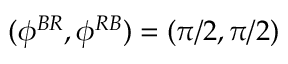
( \phi ^ { B R } , \phi ^ { R B } ) = ( \pi / 2 , \pi / 2 )